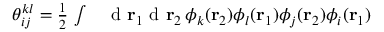
\begin{array} { r l } { { \theta } _ { i j } ^ { k l } = \frac { 1 } { 2 } \, \int } & { { } \mathrm { ~ d ~ } { \mathbf { r } _ { 1 } } \mathrm { ~ d ~ } { \mathbf { r } _ { 2 } } \, \phi _ { k } ( { \mathbf { r } _ { 2 } } ) \phi _ { l } ( { \mathbf { r } _ { 1 } } ) \phi _ { j } ( { \mathbf { r } _ { 2 } } ) \phi _ { i } ( { \mathbf { r } _ { 1 } } ) } \end{array}